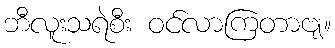
ဘီလူးသရဲစီး ဝင်လာကြတာဗျ။